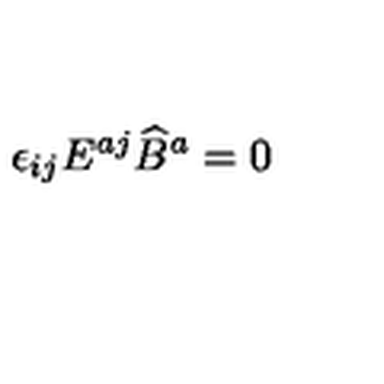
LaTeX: \epsilon _ { i j } E ^ { a j } \widehat B ^ { a } = 0